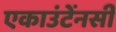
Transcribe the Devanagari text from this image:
एकाउंटेंनसी